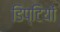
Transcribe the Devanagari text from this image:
डिप्टियों